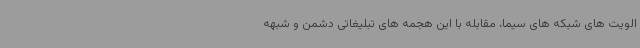
الویت های شبکه های سیما، مقابله با این هجمه های تبلیغاتی دشمن و شبهه